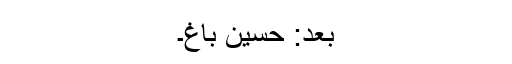
بعد: حسین باغ۔